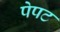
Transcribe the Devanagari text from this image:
पेपट